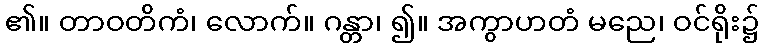
၏။ တာဝတိကံ၊ လောက်။ ဂန္တာ၊ ၍။ အကွာဟတံ မညေ၊ ဝင်ရိုး၌